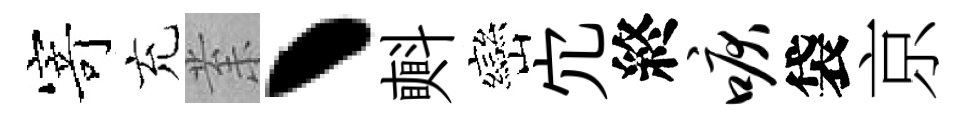
𭔃充𭪙丶㪺巒宂終唳袋京